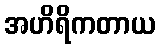
အဟိရိကတာယ